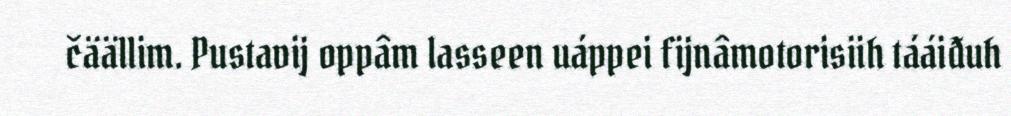
čäällim. Pustavij oppâm lasseen uáppei fijnâmotorisiih tááiđuh